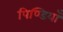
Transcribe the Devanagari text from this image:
पिण्डियाँ